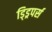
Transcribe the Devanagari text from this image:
ड्ड्रिपर्स